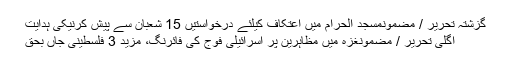
گزشتہ تحریر / مضمونمسجد الحرام میں اعتکاف کیلئے درخواستیں 15 شعبان سے پیش کرنیکی ہدایت
اگلی تحریر / مضمونغزہ میں مظاہرین پر اسرائیلی فوج کی فائرنگ، مزید 3 فلسطینی جاں بحق